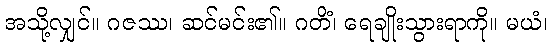
အသို့လျှင်။ ဂဇဿ၊ ဆင်မင်း၏။ ဂတိံ၊ ရေချိုးသွားရာကို။ မယံ၊